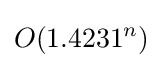
O(1.4231^{n})